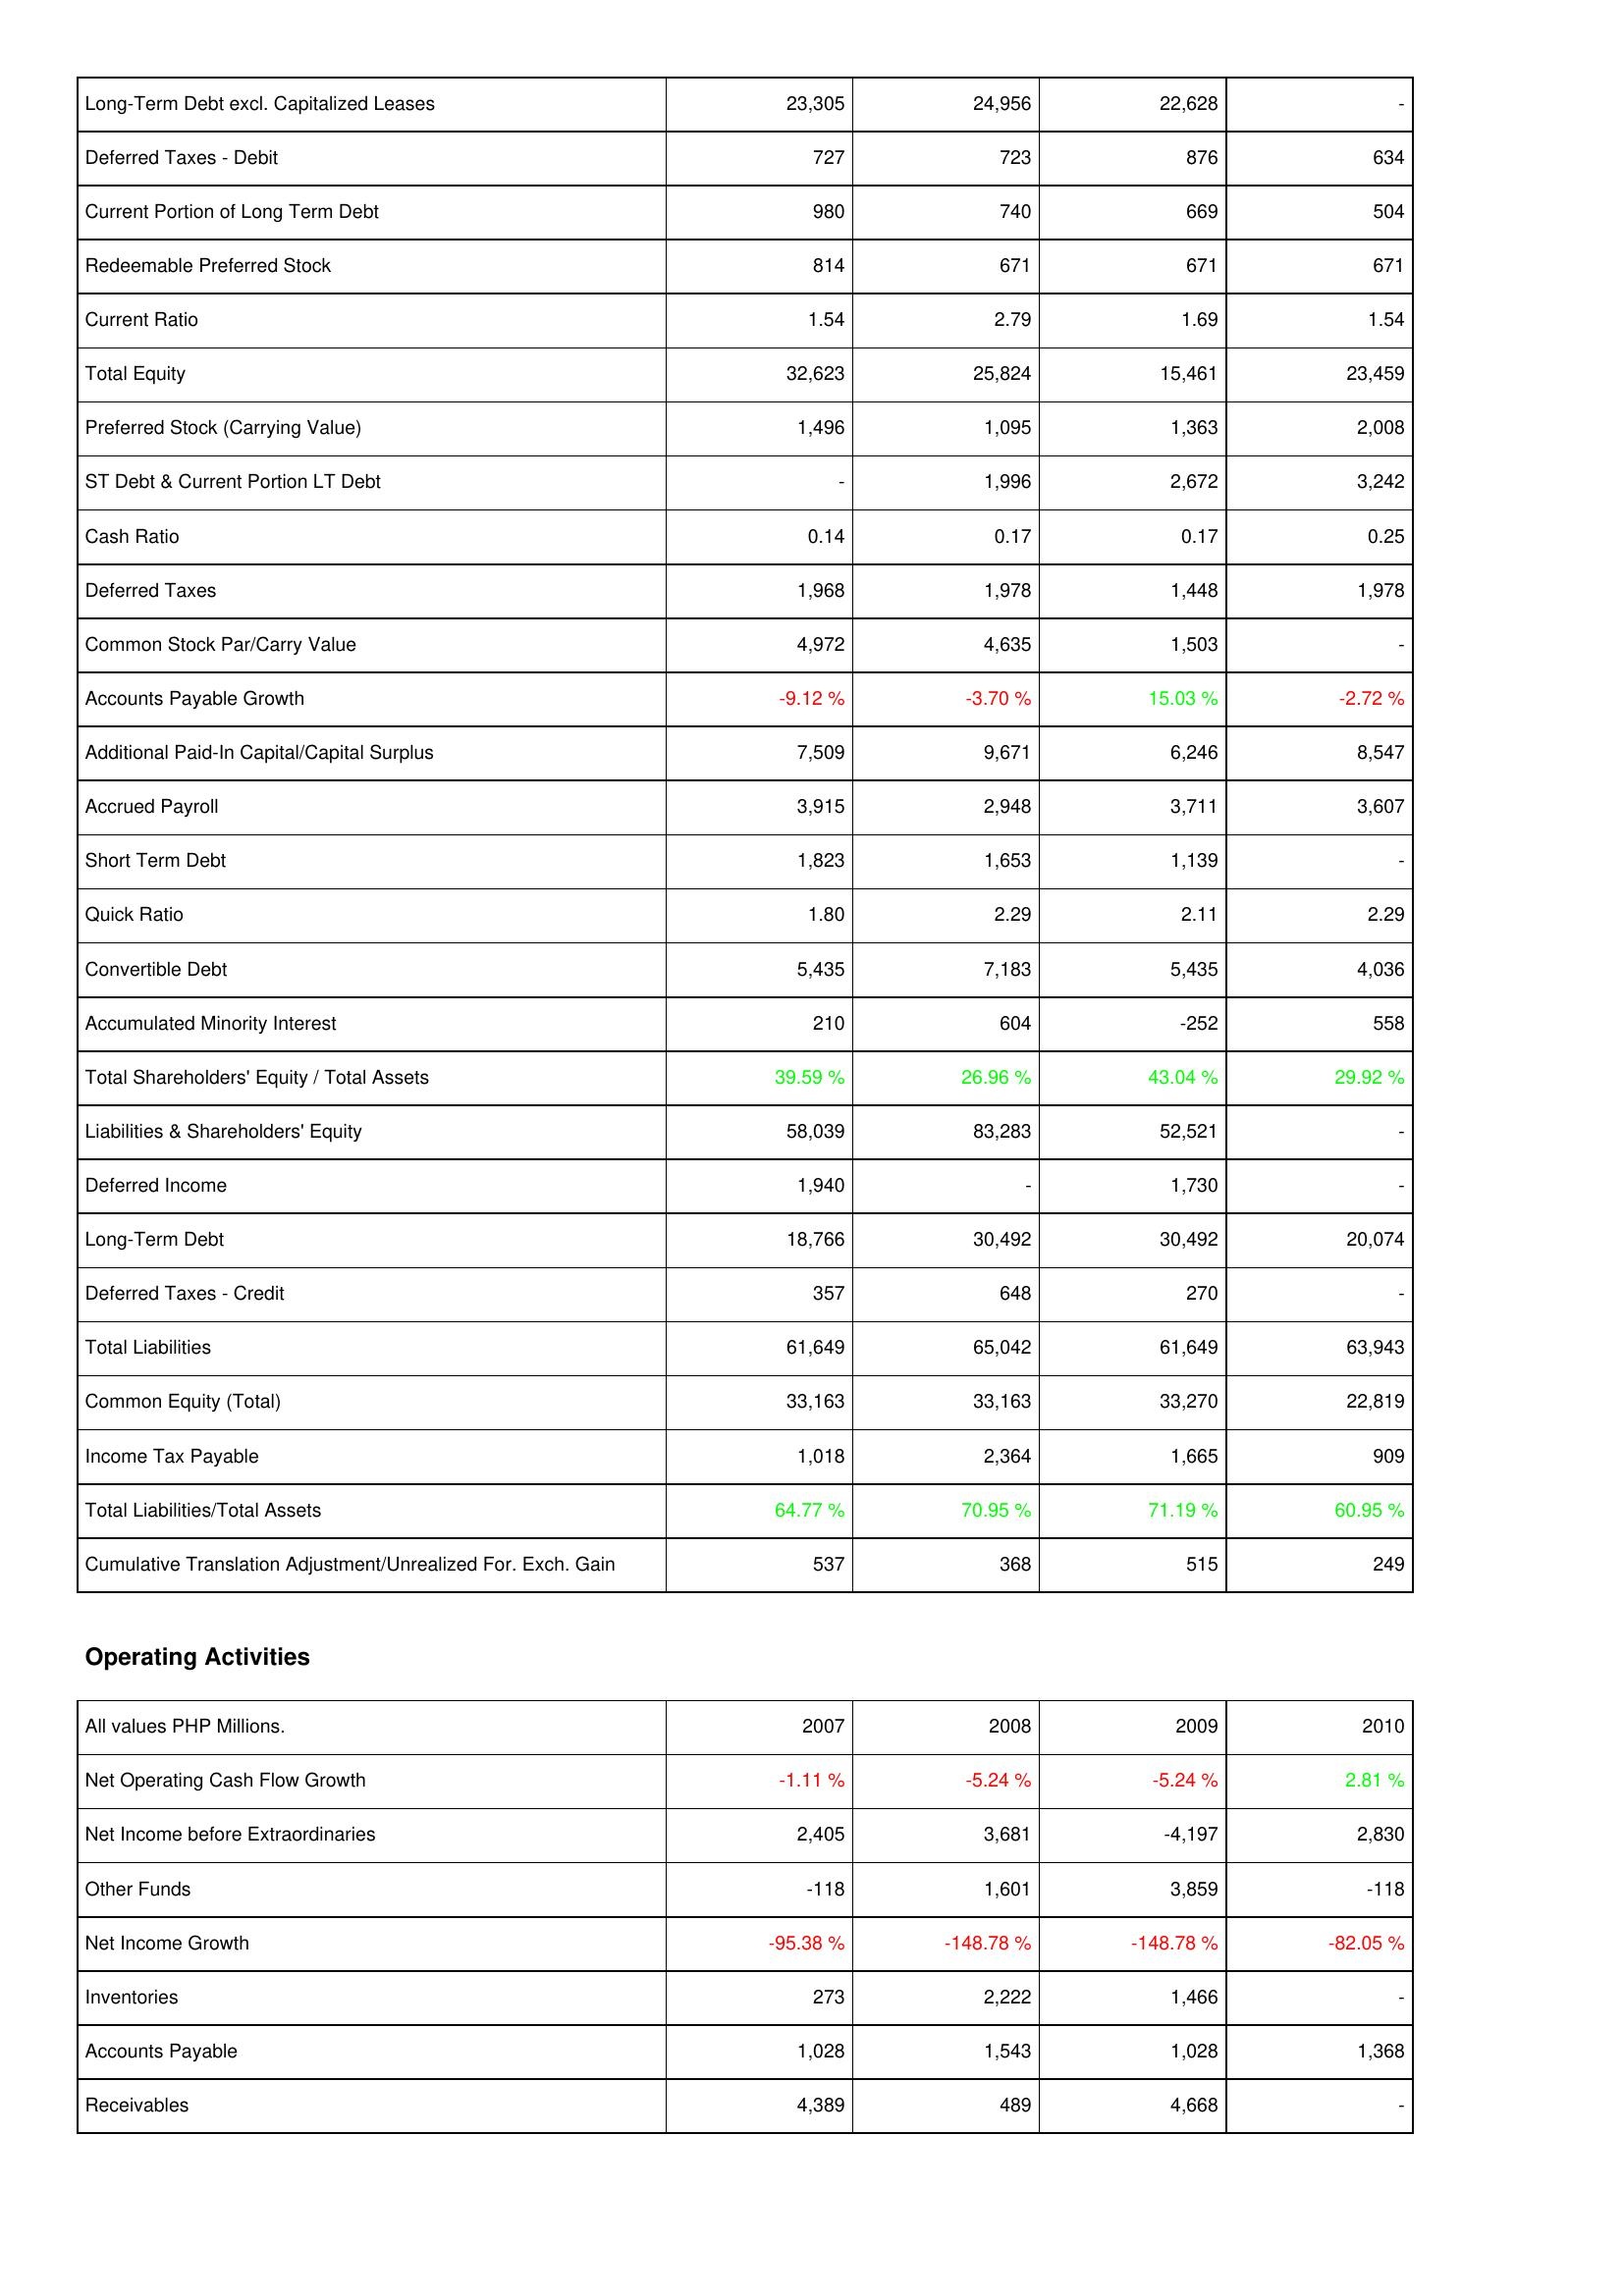
2007: Liabilities & Shareholders' Equity: Long-Term Debt excl. Capitalized Leases: 23,305
Deferred Taxes - Debit: 727
Current Portion of Long Term Debt: 980
Redeemable Preferred Stock: 814
Current Ratio: 1.54
Total Equity: 32,623
Preferred Stock (Carrying Value): 1,496
ST Debt & Current Portion LT Debt: -
Cash Ratio: 0.14
Deferred Taxes: 1,968
Common Stock Par/Carry Value: 4,972
Accounts Payable Growth: -9.12 %
Additional Paid-In Capital/Capital Surplus: 7,509
Accrued Payroll: 3,915
Short Term Debt: 1,823
Quick Ratio: 1.80
Convertible Debt: 5,435
Accumulated Minority Interest: 210
Total Shareholders' Equity / Total Assets: 39.59 %
Liabilities & Shareholders' Equity: 58,039
Deferred Income: 1,940
Long-Term Debt: 18,766
Deferred Taxes - Credit: 357
Total Liabilities: 61,649
Common Equity (Total): 33,163
Income Tax Payable: 1,018
Total Liabilities/Total Assets: 64.77 %
Cumulative Translation Adjustment/Unrealized For. Exch. Gain: 537
Operating Activities: Net Operating Cash Flow Growth: -1.11 %
Net Income before Extraordinaries: 2,405
Other Funds: -118
Net Income Growth: -95.38 %
Inventories: 273
Accounts Payable: 1,028
Receivables: 4,389
2008: Liabilities & Shareholders' Equity: Long-Term Debt excl. Capitalized Leases: 24,956
Deferred Taxes - Debit: 723
Current Portion of Long Term Debt: 740
Redeemable Preferred Stock: 671
Current Ratio: 2.79
Total Equity: 25,824
Preferred Stock (Carrying Value): 1,095
ST Debt & Current Portion LT Debt: 1,996
Cash Ratio: 0.17
Deferred Taxes: 1,978
Common Stock Par/Carry Value: 4,635
Accounts Payable Growth: -3.70 %
Additional Paid-In Capital/Capital Surplus: 9,671
Accrued Payroll: 2,948
Short Term Debt: 1,653
Quick Ratio: 2.29
Convertible Debt: 7,183
Accumulated Minority Interest: 604
Total Shareholders' Equity / Total Assets: 26.96 %
Liabilities & Shareholders' Equity: 83,283
Deferred Income: -
Long-Term Debt: 30,492
Deferred Taxes - Credit: 648
Total Liabilities: 65,042
Common Equity (Total): 33,163
Income Tax Payable: 2,364
Total Liabilities/Total Assets: 70.95 %
Cumulative Translation Adjustment/Unrealized For. Exch. Gain: 368
Operating Activities: Net Operating Cash Flow Growth: -5.24 %
Net Income before Extraordinaries: 3,681
Other Funds: 1,601
Net Income Growth: -148.78 %
Inventories: 2,222
Accounts Payable: 1,543
Receivables: 489
2009: Liabilities & Shareholders' Equity: Long-Term Debt excl. Capitalized Leases: 22,628
Deferred Taxes - Debit: 876
Current Portion of Long Term Debt: 669
Redeemable Preferred Stock: 671
Current Ratio: 1.69
Total Equity: 15,461
Preferred Stock (Carrying Value): 1,363
ST Debt & Current Portion LT Debt: 2,672
Cash Ratio: 0.17
Deferred Taxes: 1,448
Common Stock Par/Carry Value: 1,503
Accounts Payable Growth: 15.03 %
Additional Paid-In Capital/Capital Surplus: 6,246
Accrued Payroll: 3,711
Short Term Debt: 1,139
Quick Ratio: 2.11
Convertible Debt: 5,435
Accumulated Minority Interest: -252
Total Shareholders' Equity / Total Assets: 43.04 %
Liabilities & Shareholders' Equity: 52,521
Deferred Income: 1,730
Long-Term Debt: 30,492
Deferred Taxes - Credit: 270
Total Liabilities: 61,649
Common Equity (Total): 33,270
Income Tax Payable: 1,665
Total Liabilities/Total Assets: 71.19 %
Cumulative Translation Adjustment/Unrealized For. Exch. Gain: 515
Operating Activities: Net Operating Cash Flow Growth: -5.24 %
Net Income before Extraordinaries: -4,197
Other Funds: 3,859
Net Income Growth: -148.78 %
Inventories: 1,466
Accounts Payable: 1,028
Receivables: 4,668
2010: Liabilities & Shareholders' Equity: Long-Term Debt excl. Capitalized Leases: -
Deferred Taxes - Debit: 634
Current Portion of Long Term Debt: 504
Redeemable Preferred Stock: 671
Current Ratio: 1.54
Total Equity: 23,459
Preferred Stock (Carrying Value): 2,008
ST Debt & Current Portion LT Debt: 3,242
Cash Ratio: 0.25
Deferred Taxes: 1,978
Common Stock Par/Carry Value: -
Accounts Payable Growth: -2.72 %
Additional Paid-In Capital/Capital Surplus: 8,547
Accrued Payroll: 3,607
Short Term Debt: -
Quick Ratio: 2.29
Convertible Debt: 4,036
Accumulated Minority Interest: 558
Total Shareholders' Equity / Total Assets: 29.92 %
Liabilities & Shareholders' Equity: -
Deferred Income: -
Long-Term Debt: 20,074
Deferred Taxes - Credit: -
Total Liabilities: 63,943
Common Equity (Total): 22,819
Income Tax Payable: 909
Total Liabilities/Total Assets: 60.95 %
Cumulative Translation Adjustment/Unrealized For. Exch. Gain: 249
Operating Activities: Net Operating Cash Flow Growth: 2.81 %
Net Income before Extraordinaries: 2,830
Other Funds: -118
Net Income Growth: -82.05 %
Inventories: -
Accounts Payable: 1,368
Receivables: -